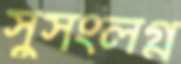
সুসংলগ্ন